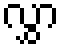
လွှာ